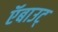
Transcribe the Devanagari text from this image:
ऍबाउट्